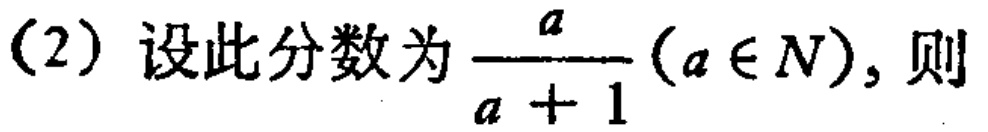
(2) 设此分数为$\frac{a}{a + 1}(a\in N)$，则